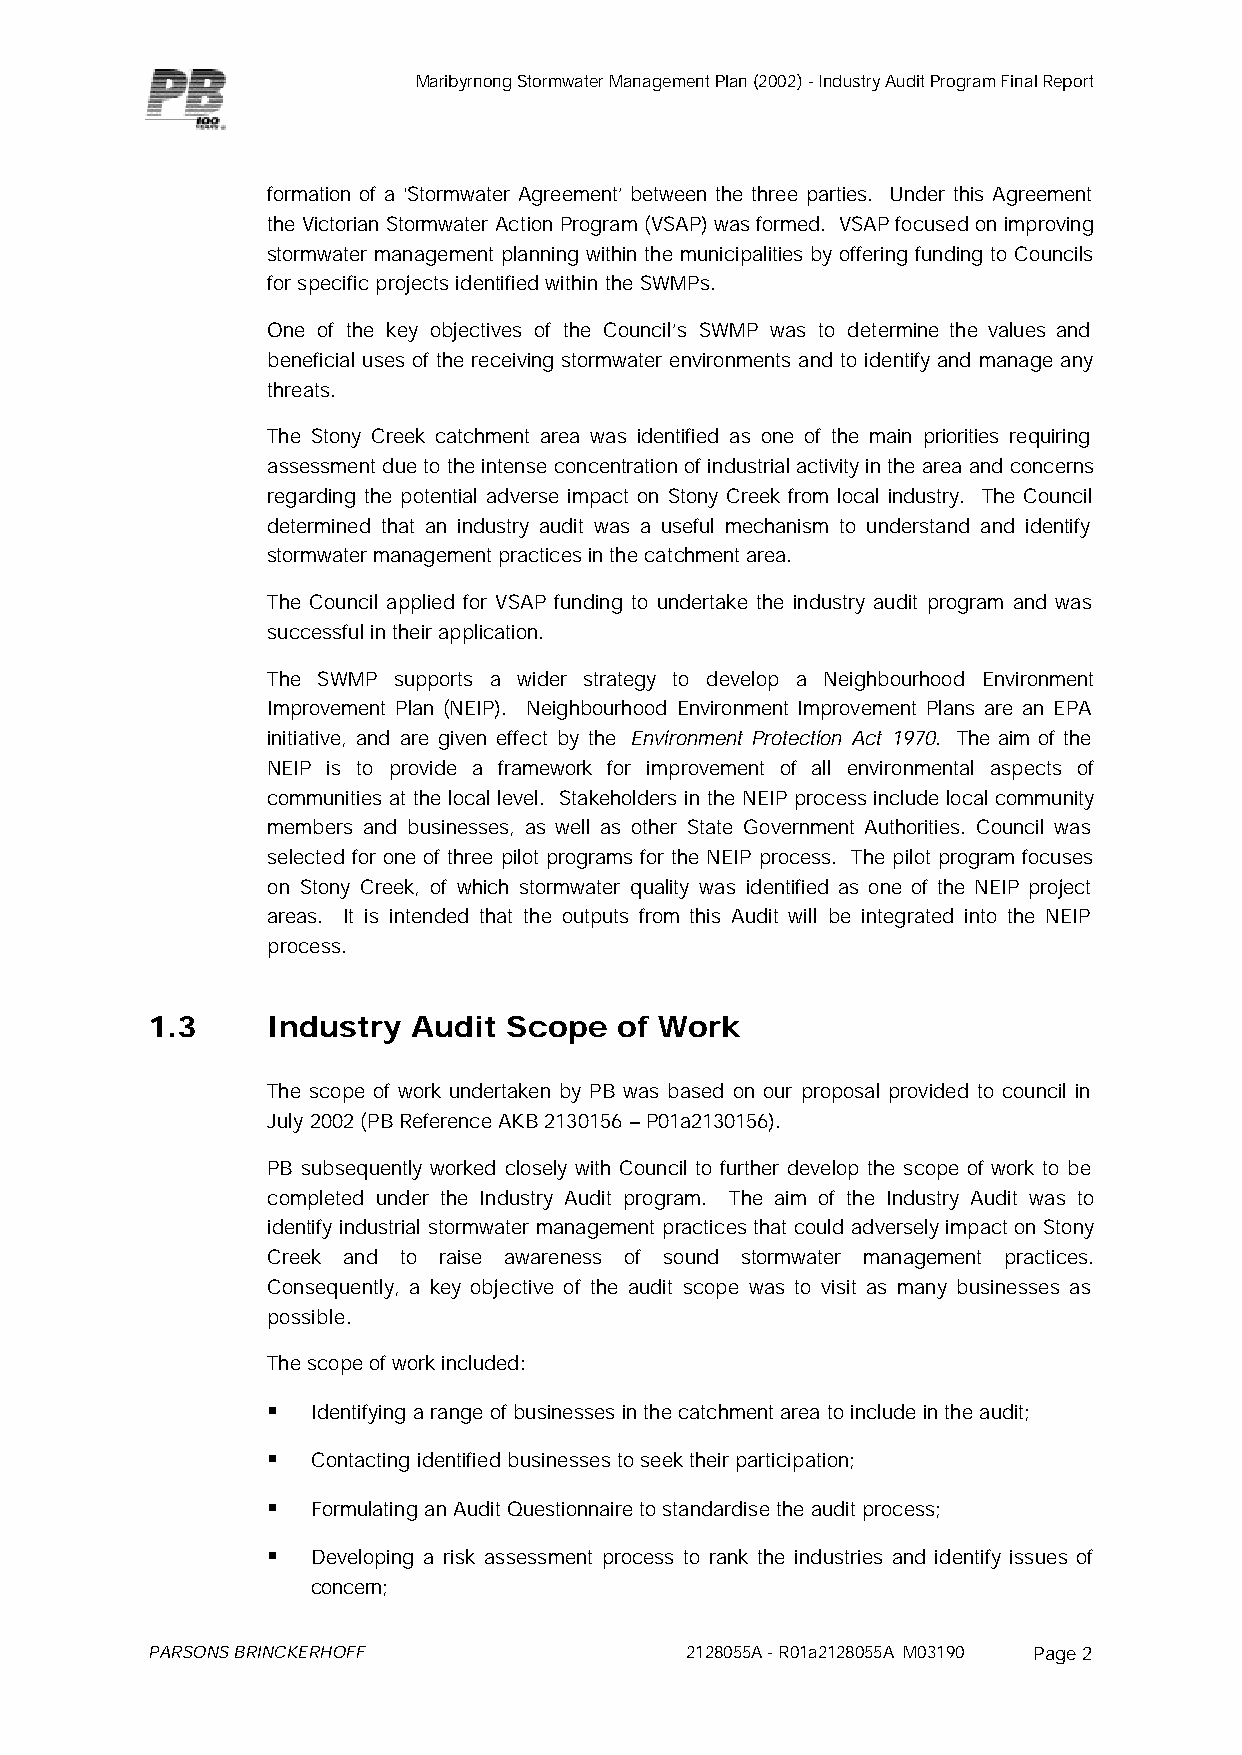
Maribyrnong Stormwater Management Plan (2002) - Industry Audit Program Final Report
 formation of a ‘Stormwater Agreement’ between the three parties. Under this Agreement
 the Victorian Stormwater Action Program (VSAP) was formed. VSAP focused on improving
 stormwater management planning within the municipalities by offering funding to Councils
 for specific projects identified within the SWMPs.
 One of the key objectives of the Council’s SWMP was to determine the values and
 beneficial uses of the receiving stormwater environments and to identify and manage any
 threats.
 The Stony Creek catchment area was identified as one of the main priorities requiring
 assessment due to the intense concentration of industrial activity in the area and concerns
 regarding the potential adverse impact on Stony Creek from local industry. The Council
 determined that an industry audit was a useful mechanism to understand and identify
 stormwater management practices in the catchment area.
 The Council applied for VSAP funding to undertake the industry audit program and was
 successful in their application.
 The SWMP supports a wider strategy to develop a Neighbourhood Environment
 Improvement Plan (NEIP). Neighbourhood Environment Improvement Plans are an EPA
 initiative, and are given effect by the Environment Protection Act 1970. The aim of the
 NEIP is to provide a framework for improvement of all environmental aspects of
 communities at the local level. Stakeholders in the NEIP process include local community
 members and businesses, as well as other State Government Authorities. Council was
 selected for one of three pilot programs for the NEIP process. The pilot program focuses
 on Stony Creek, of which stormwater quality was identified as one of the NEIP project
 areas. It is intended that the outputs from this Audit will be integrated into the NEIP
 process.
 1.3     Industry Audit  Scope  of Work
 The scope of work undertaken by PB was based on our proposal provided to council in
 July 2002 (PB Reference AKB 2130156 – P01a2130156).
 PB subsequently worked closely with Council to further develop the scope of work to be
 completed under the Industry Audit program. The aim of the Industry Audit was to
 identify industrial stormwater management practices that could adversely impact on Stony
 Creek and to raise awareness of sound stormwater management practices.
 Consequently, a key objective of the audit scope was to visit as many businesses as
 possible.
 The scope of work included:
 §  Identifying a range of businesses in the catchment area to include in the audit;
 §  Contacting identified businesses to seek their participation;
 §  Formulating an Audit Questionnaire to standardise the audit process;
 §  Developing a risk assessment process to rank the industries and identify issues of
 concern;
 PARSONS BRINCKERHOFF               2128055A - R01a2128055A M03190 Page 2